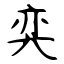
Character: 弈